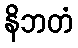
နိဘတံ